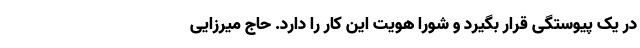
در یک پیوستگی قرار بگیرد و شورا هویت این کار را دارد. حاج میرزایی